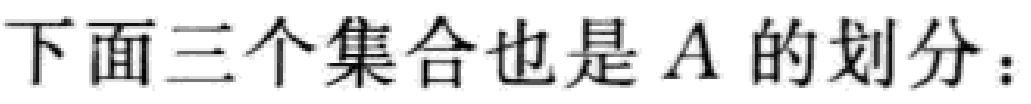
下面三个集合也是 \(A\) 的划分：